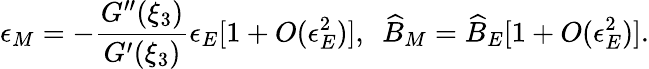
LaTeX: \epsilon_{M}=-\frac{G^{\prime\prime}(\xi_{3})}{G^{\prime}(\xi_{3})}\epsilon_{E}[1+O(\epsilon_{E}^{2})],\ \ \widehat{B}_{M}=\widehat{B}_{E}[1+O(\epsilon_{E}^{2})].